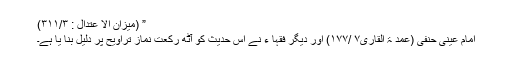
” (میزان الا عتدال : ۳۱۱/۳)
امام عینی حنفی (عمد ۃ القاری۷ /۱۷۷) اور دیگر فقہا ء نے اس حدیث کو آٹھ رکعت نمازِ تراویح پر دلیل بنا یا ہے۔